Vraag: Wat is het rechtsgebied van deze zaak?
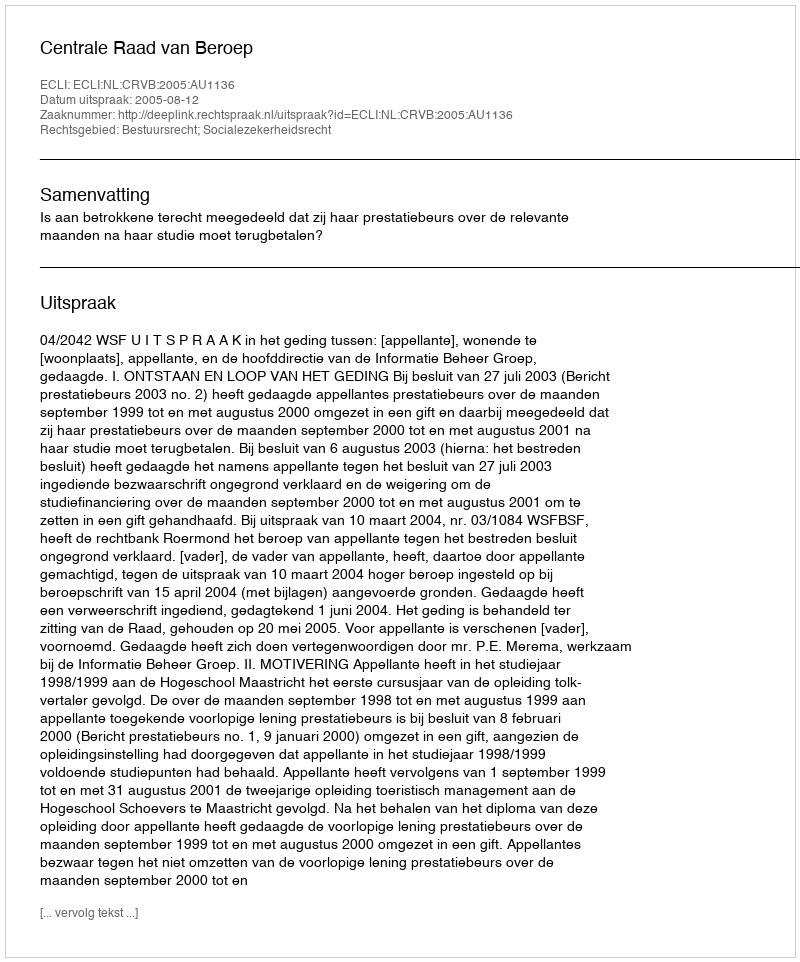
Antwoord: Bestuursrecht; Socialezekerheidsrecht